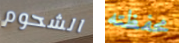
الشحوم محفظته